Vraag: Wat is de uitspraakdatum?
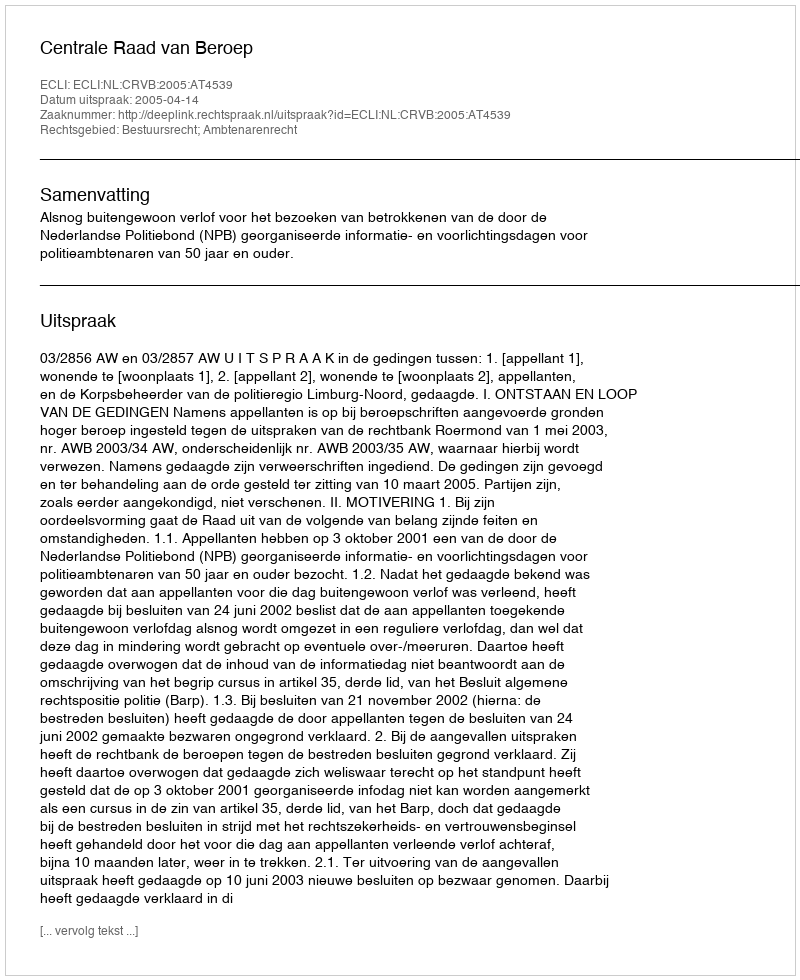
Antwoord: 2005-04-14